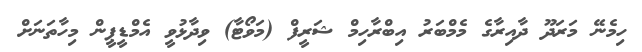
ހިމެނޭ މަރަދޫ ދާއިރާގެ މެމްބަރު އިބްރާހިމް ޝަރީފް (މަވޯޓާ) ވިދާޅުވީ އެމްޑީޕީން މިހާތަނަށް